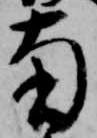
南